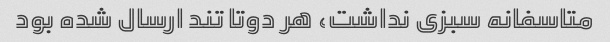
متاسفانه سبزی نداشت، هر دوتا تند ارسال شده بود